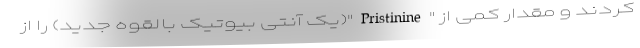
کردند و مقدار کمی از "Pristinine"(یک آنتی بیوتیک بالقوه جدید) را از